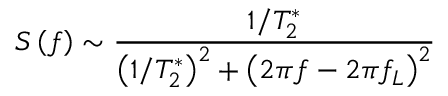
S \left( f \right) \sim \frac { 1 / T _ { 2 } ^ { * } } { \left( 1 / T _ { 2 } ^ { * } \right) ^ { 2 } + \left( 2 \pi f - 2 \pi f _ { L } \right) ^ { 2 } }